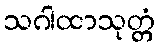
သဂါထာသုတ္တံ